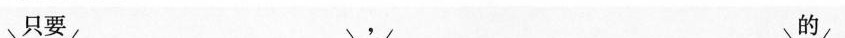
只要 的